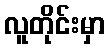
လူတိုင်းမှာ